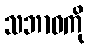
သဘာဝကို